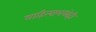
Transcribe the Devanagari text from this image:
साहित्यामध्येही